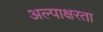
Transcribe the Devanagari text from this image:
अल्पाक्षरता